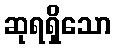
ဆုရရှိသော